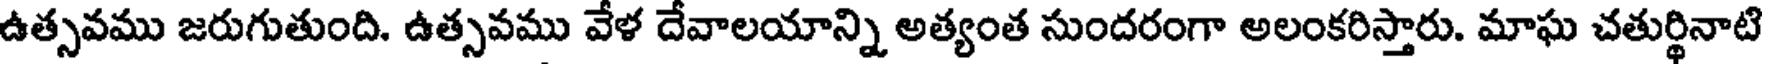
ఉత్సవము జరుగుతుంది. ఉత్సవము వేళ దేవాలయాన్ని అత్యంత సుందరంగా అలంకరిస్తారు. మాఘ చతుర్థినాటి